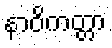
နာဝိကတ္တာ